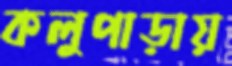
কলুপাড়ায়